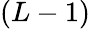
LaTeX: (L-1)